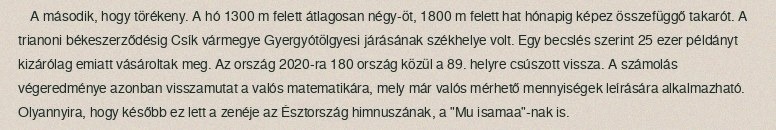
A második, hogy törékeny. A hó 1300 m felett átlagosan négy-öt, 1800 m felett hat hónapig képez összefüggő takarót. A trianoni békeszerződésig Csík vármegye Gyergyótölgyesi járásának székhelye volt. Egy becslés szerint 25 ezer példányt kizárólag emiatt vásároltak meg. Az ország 2020-ra 180 ország közül a 89. helyre csúszott vissza. A számolás végeredménye azonban visszamutat a valós matematikára, mely már valós mérhető mennyiségek leírására alkalmazható. Olyannyira, hogy később ez lett a zenéje az Észtország himnuszának, a "Mu isamaa"-nak is.